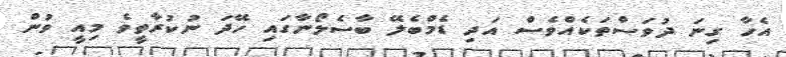
އެހާ ގިނަ ދުވަސްތަކެއްވެސް އަދި ޑެމްބެލޭ ބާސެލޯނާގައި ހޭދަ ނުކުރާތީވެ މިއީ ވުން